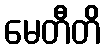
မေတီတိ